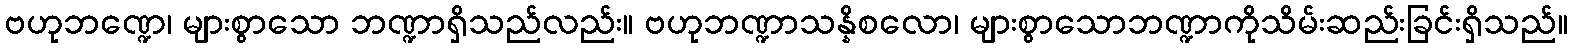
ဗဟုဘဏ္ဍေ၊ များစွာသော ဘဏ္ဍာရှိသည်လည်း။ ဗဟုဘဏ္ဍာသန္နိစလော၊ များစွာသောဘဏ္ဍာကိုသိမ်းဆည်းခြင်းရှိသည်။